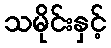
သမိုင်းနှင့်